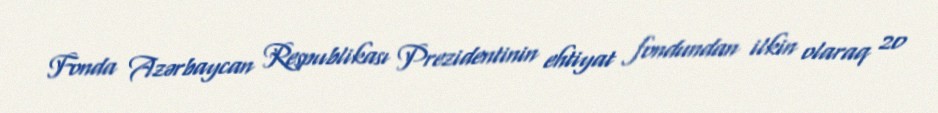
Fonda Azərbaycan Respublikası Prezidentinin ehtiyat fondundan ilkin olaraq 20